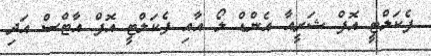
ފެކަލްޓީ އޮފް ޝަރީއާ އެންޑް ލޯ އާއި ފެކަލްޓީ އޮފް އާޓްސް އަދި